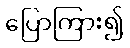
ပြောကြား၍